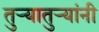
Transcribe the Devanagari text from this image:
तुऱ्यातुऱ्यांनी